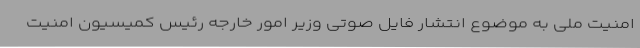
امنیت ملی به موضوع انتشار فایل صوتی وزیر امور خارجه رئیس کمیسیون امنیت